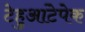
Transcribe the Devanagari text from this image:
टेहुआंटेपेक